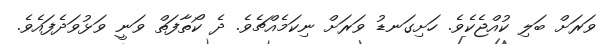
ވަރަށް ބަލި ކުއްޖެކެވެ. ހަށިގަނޑު ވަރަށް ނިކަމެއްޗެވެ. ދެ ކޯތާފަތް ވަނީ ވަޅުވަދެފައެވެ.